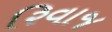
રિવાજ